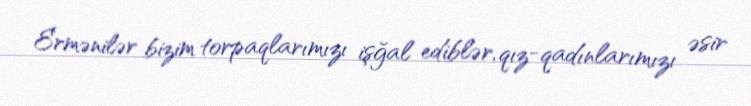
Ermənilər bizim torpaqlarımızı işğal ediblər, qız-qadınlarımızı əsir